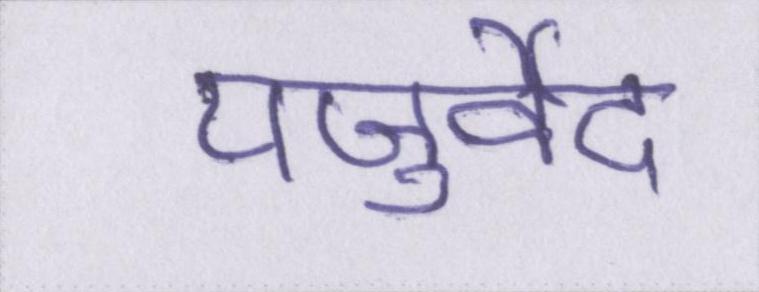
यजुर्वेद